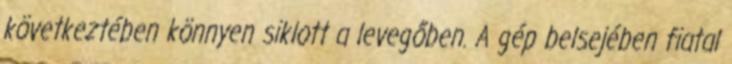
következtében könnyen siklott a levegőben. A gép belsejében fiatal